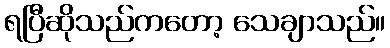
ရပြီဆိုသည်ကတော့ သေချာသည်။